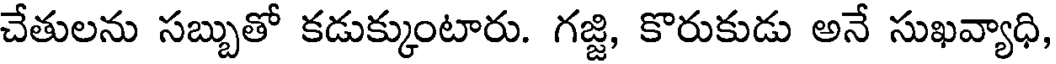
చేతులను సబ్బుతో కడుక్కుంటారు. గజ్జి, కొరుకుడు అనే సుఖవ్యాధి